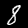
Label: 8